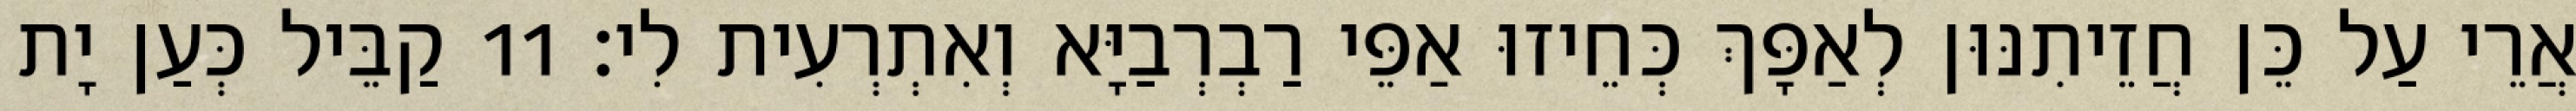
אֲרֵי עַל כֵּן חֲזֵיתִנּוּן לְאַפָּךְ כְּחֵיזוּ אַפֵּי רַבְרְבַיָּא וְאִתְרְעִית לִי׃ 11 קַבֵּיל כְּעַן יָת